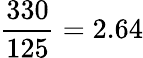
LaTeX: \frac{330}{125}=2.64